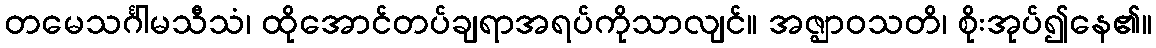
တမေသင်္ဂါမသီသံ၊ ထိုအောင်တပ်ချရာအရပ်ကိုသာလျင်။ အဇ္ဈာဝသတိ၊ စိုးအုပ်၍နေ၏။